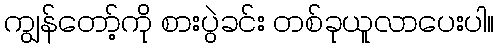
ကျွန်တော့်ကို စားပွဲခင်း တစ်ခုယူလာပေးပါ။